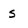
Character: s